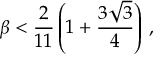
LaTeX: \beta < \frac { 2 } { 1 1 } \left( 1 + \frac { 3 \sqrt { 3 } } { 4 } \right) \, ,